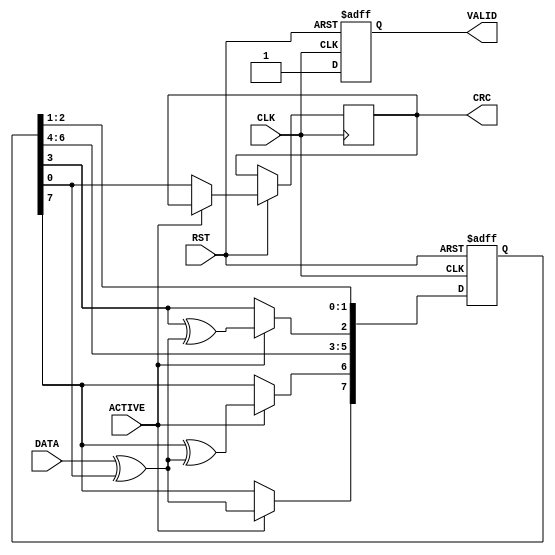
module LFSR #(parameter Taps=8'b01000100)(
input         DATA , 
input         ACTIVE, CLK, RST,
output reg    CRC,
output reg    VALID
);

reg [7:0] LFSR; 
wire      feedback;

assign feedback= DATA^LFSR[0];
integer N;

always @ (posedge CLK or negedge RST)
begin
  VALID<=1'b0;
  
  if (!RST)
    begin
      LFSR <= 8'b0;
    end
  else if (ACTIVE)
    begin
      LFSR[7]<=feedback;
      for (N=0; N<=6; N=N+1)
      if (Taps[N] == 0)
        LFSR[N]<=LFSR[N+1];
      else 
        LFSR[N]<=LFSR[N+1]^feedback;
    end
  else
    {LFSR[6:0],CRC}<=LFSR;
    VALID<=1'b1;
end
endmodule